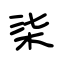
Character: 柒